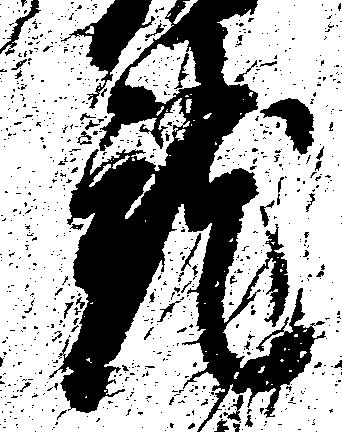
就